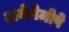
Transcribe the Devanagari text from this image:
अमेनेमोपे